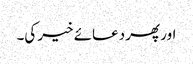
اور پھر دعائے خیر کی۔